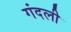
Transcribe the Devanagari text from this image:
गंदली